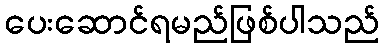
ပေးဆောင်ရမည်ဖြစ်ပါသည်